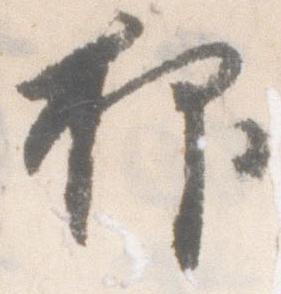
抑